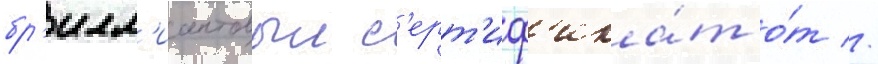
бр'илл'иантовыи с'ерт'иф'ика́т о́т //